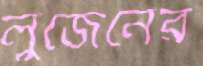
লুজেনের